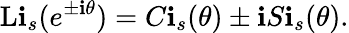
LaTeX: \operatorname{L\mathbf{i}}_{s}(e^{\pm\mathbf{i}\theta})=C\mathbf{i}_{s}(\theta)\pm\mathbf{i}S\mathbf{i}_{s}(\theta).